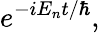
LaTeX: e^{{-iE_{n}t}/\hbar},